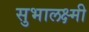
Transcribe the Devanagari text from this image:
सुभालक्ष्मी